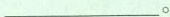
___。